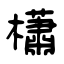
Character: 櫹